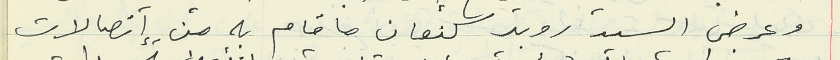
وعرض السيد روبير كنعان ما قام به من إتصالات